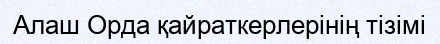
Алаш Орда қайраткерлерінің тізімі